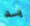
به